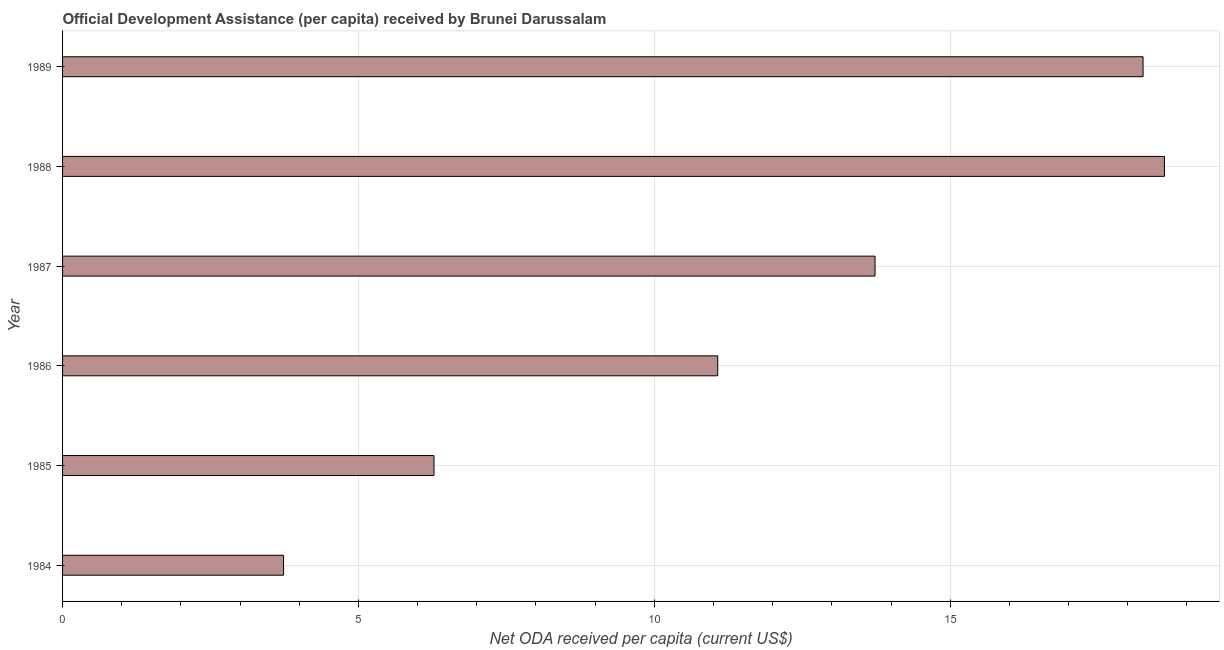
| Year | Net ODA received per capita |
 | --- | --- |
 | 1984 | 3.73 |
 | 1985 | 6.28 |
 | 1986 | 11.1 |
 | 1987 | 13.7 |
 | 1988 | 18.6 |
 | 1989 | 18.3 |